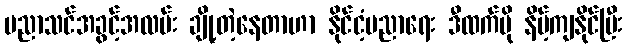
ပညာသင်အခွင့်အလမ်း ချို့တဲ့နေတာဟာ နိုင်ငံ့ပညာရေး ဒီထက်ပို နိမ့်ကျနိုင်ပြီး